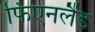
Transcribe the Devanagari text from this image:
फिएनलैंड